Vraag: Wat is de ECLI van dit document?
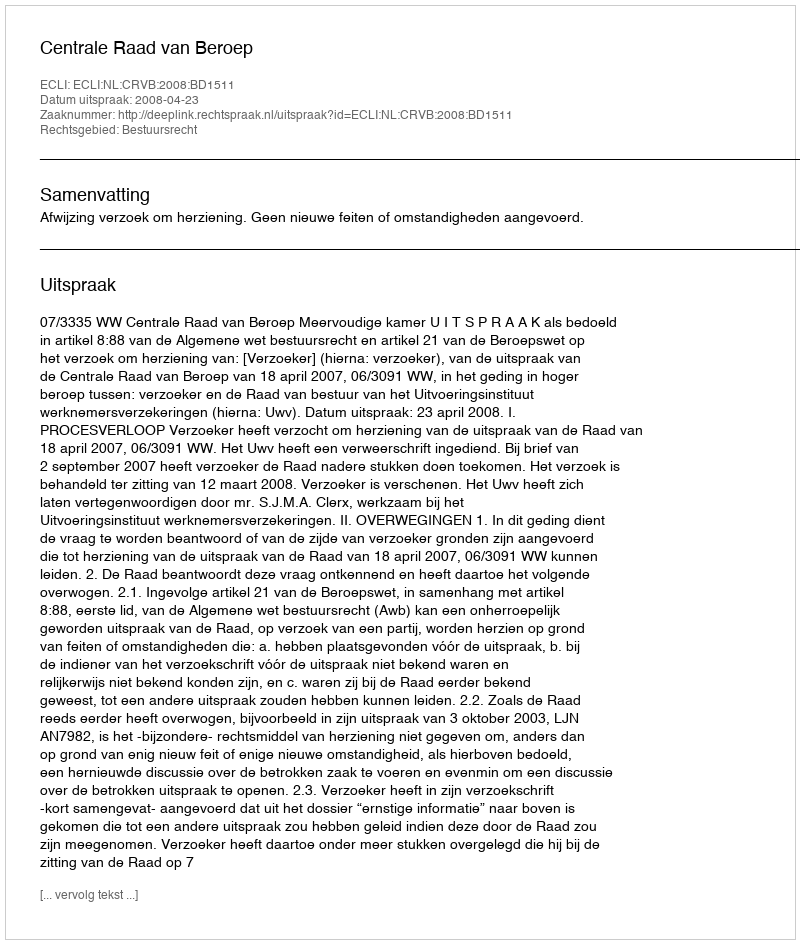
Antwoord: ECLI:NL:CRVB:2008:BD1511